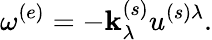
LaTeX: \omega^{(e)}=-\mathbf{k}_{\lambda}^{(s)}u^{(s)\lambda}.